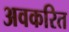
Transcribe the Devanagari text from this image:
अवकरित